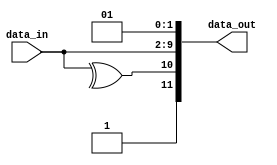
module frame_generator(
    input [7:0] data_in,         // Input data
    output reg [11:0] data_out    // Output data frame
);

    // Define control signals
    localparam START_BIT = 1'b0;   // Start bit always low
    localparam STOP_BITS = 1'b1;    // Stop bit always high
    localparam PROTECT_BIT = 1'b1;  // Used to ensure the start bit can be output for one full baud cycle

    // Generate parity bit
    wire parity_bit;
    assign parity_bit = ^data_in;   // Even parity check

    // Combinational logic to generate output data frame
    always @(*) begin
        data_out = {STOP_BITS, parity_bit, data_in, START_BIT, PROTECT_BIT};
    end

endmodule